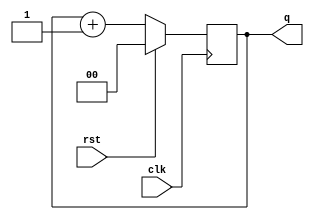



module refresh_counter(
    output reg[1:0]q,
    input clk,rst
    );
    
    always@(posedge clk)
    begin
         if(rst)
         q<=2'b00;
         else
         q<=q+1;
    end
endmodule